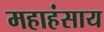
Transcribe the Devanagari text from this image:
महाहंसाय